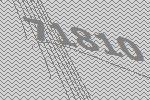
71810